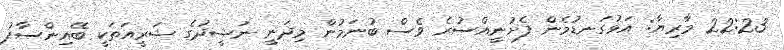
22:23 މާރިޔާ: އަޅުގަނޑުމެން ފެށުނީއްސުރެ ވެސް ބުނަމުން މިދަނީ ނަޝީދުގެ ޝަރީއަތަކީ ބޭއިންސާފު